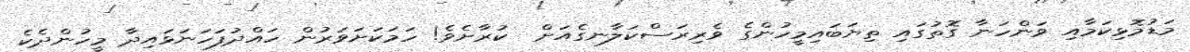
މަޑުމޮޅިކަމާއި ވަންހަނާ ގޮތުގައި ތިޔަބައިމީހުންގެ ވެރިރަސްކަލާނގެއަށް  ކުރާށެވެ! ހަމަކަށަވަރުން ހައްދުފަހަނަޅައިދާ މީހުންދެކެ